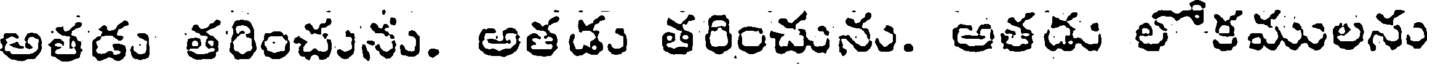
అతడు తరించును. అతడు తరించును. అతడు లోకములను